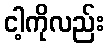
ငါ့ကိုလည်း